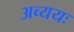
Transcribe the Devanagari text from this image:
अव्ययः